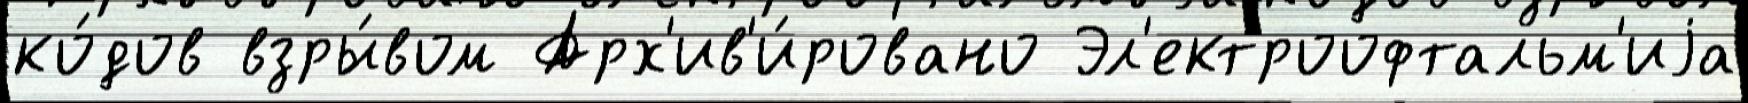
ко́дов взры́вом Арх'ив'и́ровано Эл'ектроофтальм'иjа